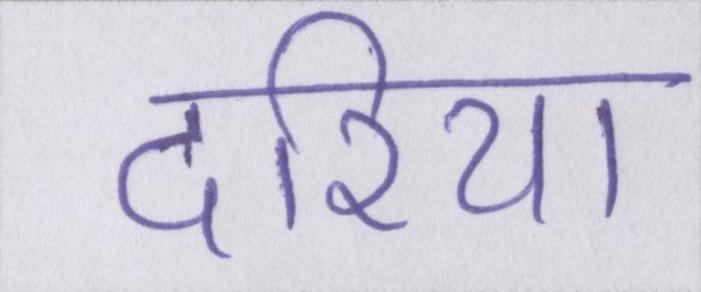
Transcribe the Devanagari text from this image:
दरिया